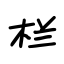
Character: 栏